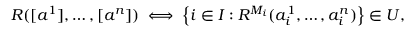
R ( [ a ^ { 1 } ] , \dots , [ a ^ { n } ] ) \iff \left\{ i \in I : R ^ { M _ { i } } ( a _ { i } ^ { 1 } , \dots , a _ { i } ^ { n } ) \right\} \in U ,